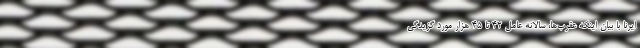
ایرنا با بیان اینکه عقرب‌ها، سالانه عامل ۴۲ تا ۴۵ هزار مورد گزیدگی